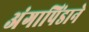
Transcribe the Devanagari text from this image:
अंगापिंडाने